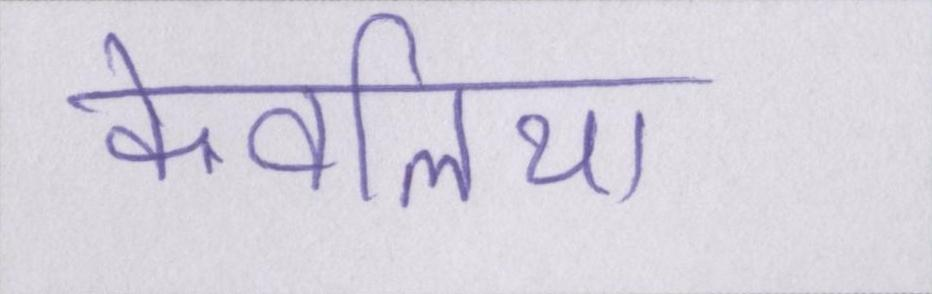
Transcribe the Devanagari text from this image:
केवलिया